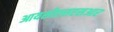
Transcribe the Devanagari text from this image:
आयसीएसएसआर